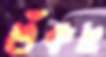
শুঁকছ